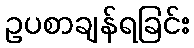
ဥပစာချန်ရခြင်း